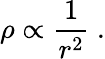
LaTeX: \rho\propto{\frac{1}{r^{2}}}~.